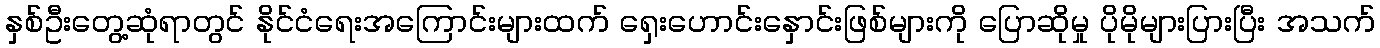
နှစ်ဦးတွေ့ဆုံရာတွင် နိုင်ငံရေးအကြောင်းများထက် ရှေးဟောင်းနှောင်းဖြစ်များကို ပြောဆိုမှု ပိုမိုများပြားပြီး အသက်